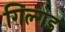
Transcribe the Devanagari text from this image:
गिल्गड